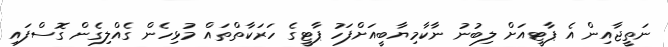
ނަތީޖާއިން އެ ޕާޓީއަށް ލިބުނު ނާކާމިޔާބީއަށްފަހު ޕާޓީގެ ހަރަކާތްތައް މުޅިހެން ގެއްލިގެން ގޮސްފައި